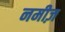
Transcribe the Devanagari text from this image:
नमीज़